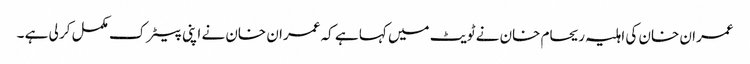
عمران خان کی اہلیہ ریحام خان نے ٹویٹ میں کہا ہے کہ عمران خان نے اپنی پیٹرک مکمل کر لی ہے ۔